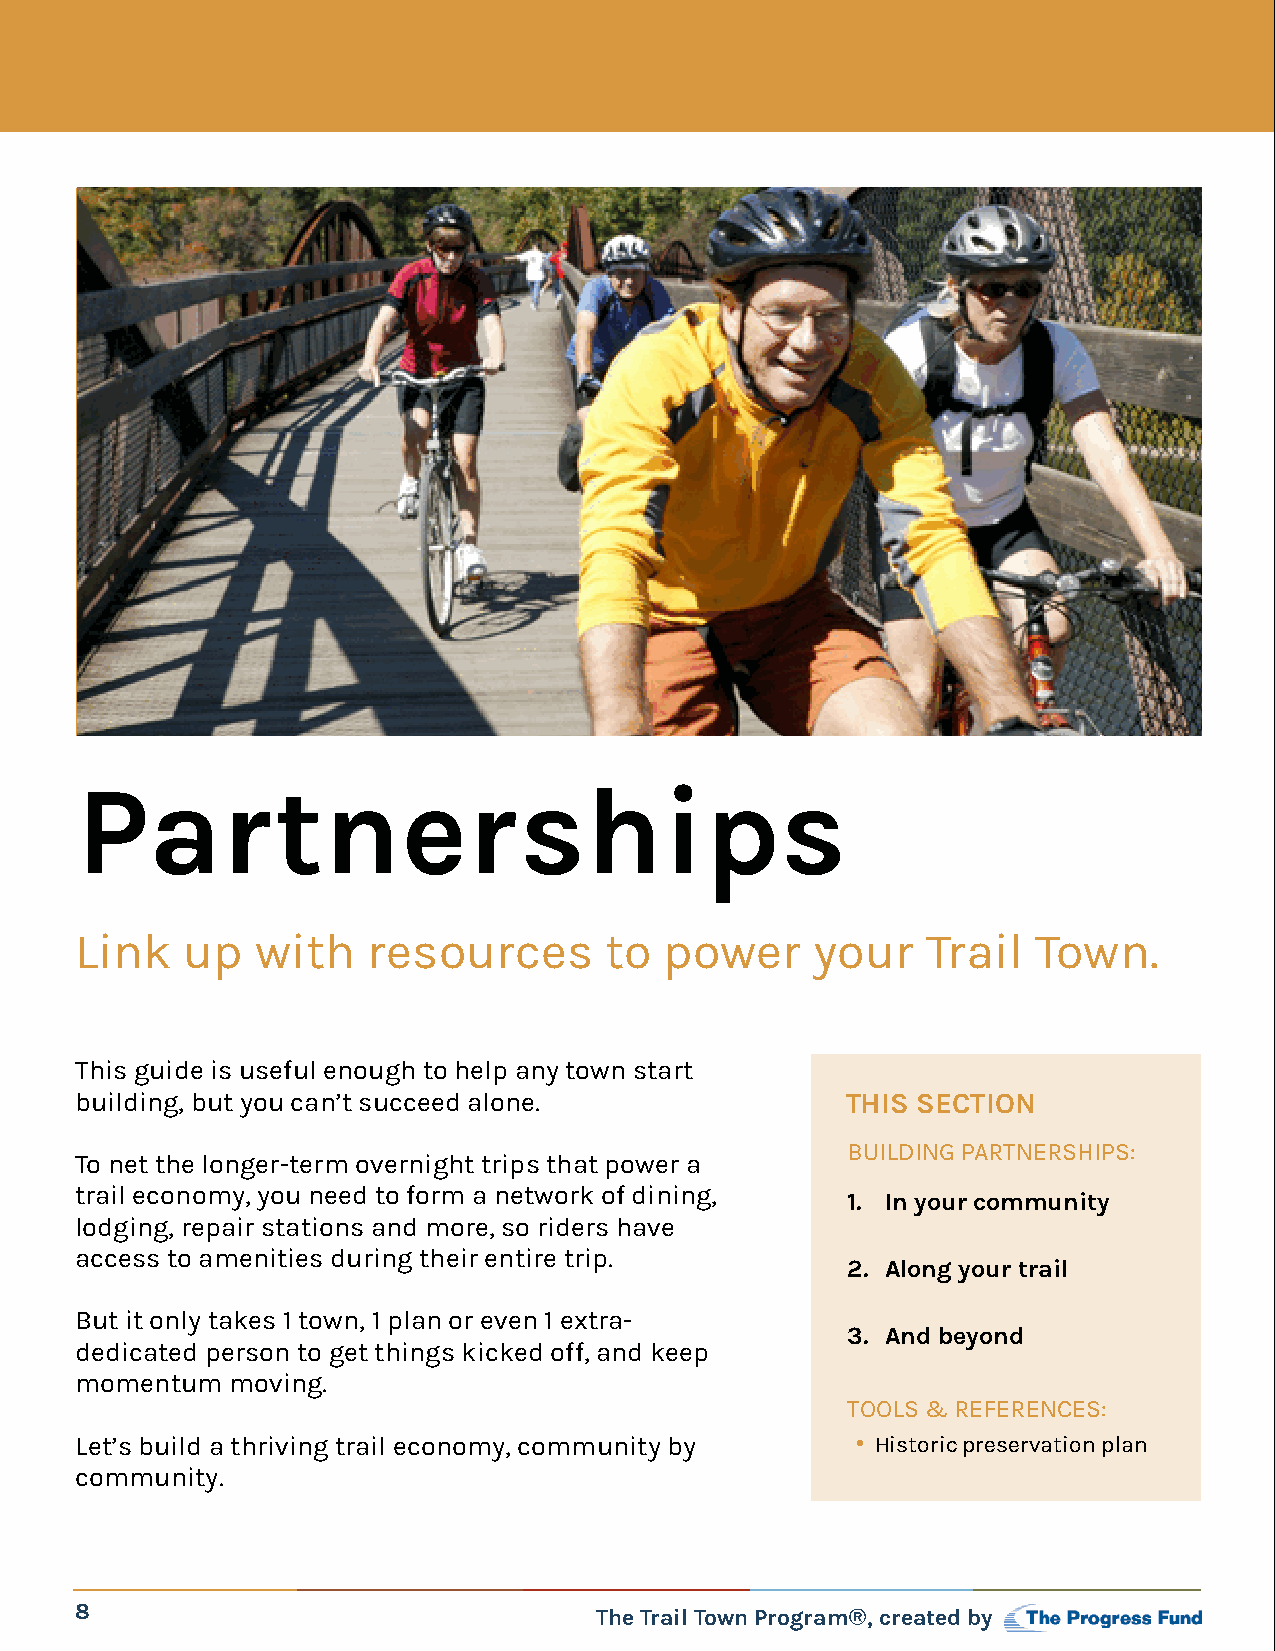
Partnerships
 Link   up   with   resources       to  power     your   Trail   Town.
 This guide is useful enough to help any town start
 building, but you can’t succeed alone.             THIS SECTION
 BUILDING PARTNERSHIPS:
 To net the longer-term overnight trips that power a
 trail economy, you need to form a network of dining,
 1. In your community
 lodging, repair stations and more, so riders have
 access to amenities during their entire trip.
 2. Along your trail
 But it only takes 1 town, 1 plan or even 1 extra-
 3. And beyond
 dedicated person to get things kicked off, and keep
 momentum  moving.
 TOOLS & REFERENCES:
 Let’s build a thriving trail economy, community by  • Historic preservation plan
 community.
 8                                 The Trail Town Program®, created by